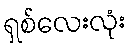
ရှစ်လေးလုံး